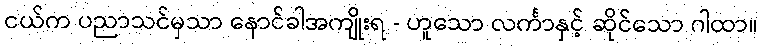
ငယ်က ပညာသင်မှသာ နောင်ခါအကျိုးရ - ဟူသော လင်္ကာနှင့် ဆိုင်သော ဂါထာ။